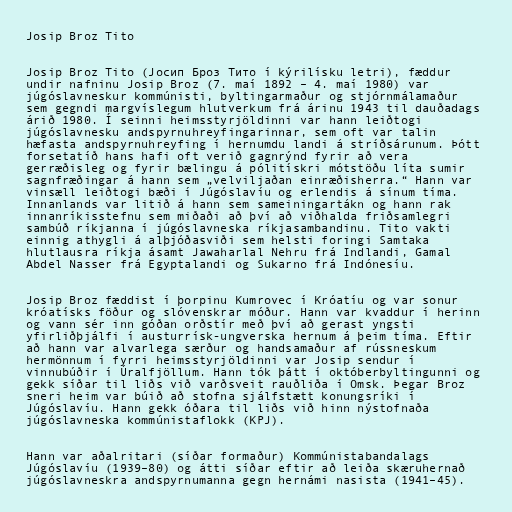
Josip Broz Tito

Josip Broz Tito (Јосип Броз Тито í kýrilísku letri), fæddur
undir nafninu Josip Broz (7. maí 1892 – 4. maí 1980) var
júgóslavneskur kommúnisti, byltingarmaður og stjórnmálamaður
sem gegndi margvíslegum hlutverkum frá árinu 1943 til dauðadags
árið 1980. Í seinni heimsstyrjöldinni var hann leiðtogi
júgóslavnesku andspyrnuhreyfingarinnar, sem oft var talin
hæfasta andspyrnuhreyfing í hernumdu landi á stríðsárunum. Þótt
forsetatíð hans hafi oft verið gagnrýnd fyrir að vera
gerræðisleg og fyrir bælingu á pólitískri mótstöðu líta sumir
sagnfræðingar á hann sem „velviljaðan einræðisherra.“ Hann var
vinsæll leiðtogi bæði í Júgóslavíu og erlendis á sínum tíma.
Innanlands var litið á hann sem sameiningartákn og hann rak
innanríkisstefnu sem miðaði að því að viðhalda friðsamlegri
sambúð ríkjanna í júgóslavneska ríkjasambandinu. Tito vakti
einnig athygli á alþjóðasviði sem helsti foringi Samtaka
hlutlausra ríkja ásamt Jawaharlal Nehru frá Indlandi, Gamal
Abdel Nasser frá Egyptalandi og Sukarno frá Indónesíu.

Josip Broz fæddist í þorpinu Kumrovec í Króatíu og var sonur
króatísks föður og slóvenskrar móður. Hann var kvaddur í herinn
og vann sér inn góðan orðstír með því að gerast yngsti
yfirliðþjálfi í austurrísk-ungverska hernum á þeim tíma. Eftir
að hann var alvarlega særður og handsamaður af rússneskum
hermönnum í fyrri heimsstyrjöldinni var Josip sendur í
vinnubúðir í Úralfjöllum. Hann tók þátt í októberbyltingunni og
gekk síðar til liðs við varðsveit rauðliða í Omsk. Þegar Broz
sneri heim var búið að stofna sjálfstætt konungsríki í
Júgóslavíu. Hann gekk óðara til liðs við hinn nýstofnaða
júgóslavneska kommúnistaflokk (KPJ).

Hann var aðalritari (síðar formaður) Kommúnistabandalags
Júgóslavíu (1939–80) og átti síðar eftir að leiða skæruhernað
júgóslavneskra andspyrnumanna gegn hernámi nasista (1941–45).